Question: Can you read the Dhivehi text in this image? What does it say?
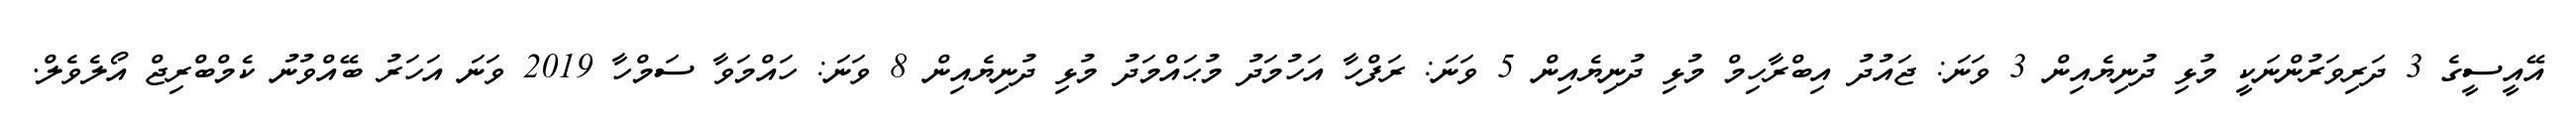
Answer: އޭއީސީގެ 3 ދަރިވަރުންނަކީ މުޅި ދުނިޔެއިން 3 ވަނަ: ޖައުދު އިބްރާހިމް މުޅި ދުނިޔެއިން 5 ވަނަ: ރަފްހާ އަހުމަދު މުޙައްމަދު މުޅި ދުނިޔެއިން 8 ވަނަ: ހައްމަވާ ސަމްހާ 2019 ވަނަ އަހަރު ބޭއްވުނު ކެމްބްރިޖް އޯލެވެލް.